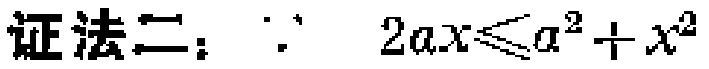
证法二：$\because\ 2ax\leqslant a^{2}+x^{2}$